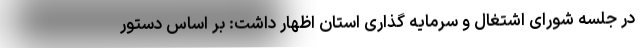
در جلسه شورای اشتغال و سرمایه گذاری استان اظهار داشت: بر اساس دستور